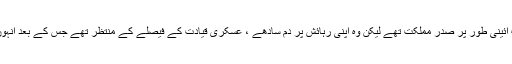
سینیٹ کے چیئرمین غلام اسحاق خاں اب آئینی طور پر صدرِ مملکت تھے لیکن وہ اپنی رہائش پر دم سادھے ، عسکری قیادت کے فیصلے کے منتظر تھے جس کے بعد اُنہوں نے صدرِ مملکت کا منصب سنبھال لیا۔